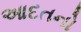
આદતનો